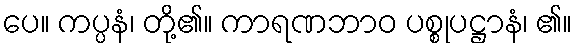
ပေ။ ကပ္ပနံ၊ တို့၏။ ကာရဏဘာဝ ပစ္စုပဋ္ဌာနံ၊ ၏။